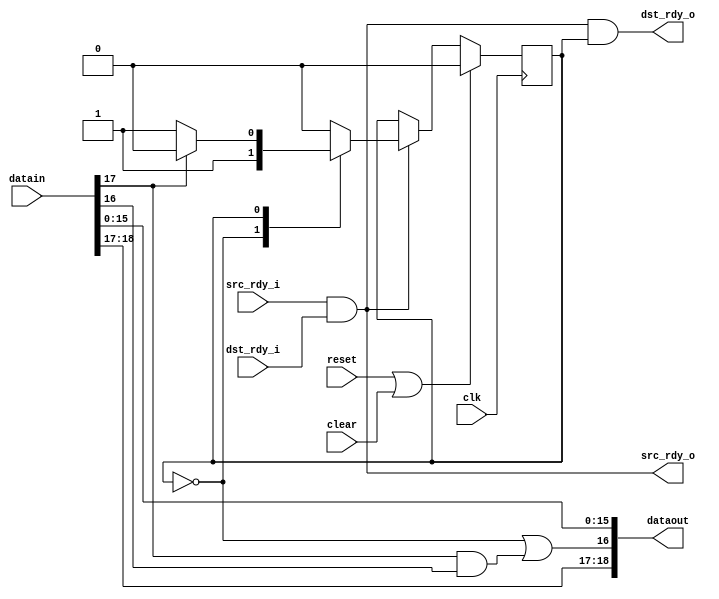


//  Adds a junk line at the beginning of every packet, which the
//   following stages should ignore.  This gives us proper alignment due
//   to the 14 byte ethernet header

// Bit 18 -- odd length
// Bit 17 -- eof
// Bit 16 -- sof
// Bit 15:0 -- data

module fifo19_rxrealign
  (input clk, input reset, input clear,
   input [18:0] datain, input src_rdy_i, output dst_rdy_o,
   output [18:0] dataout, output src_rdy_o, input dst_rdy_i);
   
   reg 	rxre_state;
   localparam RXRE_DUMMY  = 0;
   localparam RXRE_PKT 	  = 1;
   
   assign dataout[18] 	  = datain[18];
   assign dataout[17] 	  = datain[17];
   assign dataout[16] 	  = (rxre_state==RXRE_DUMMY) | (datain[17] & datain[16]);  // allows for passing error signal
   assign dataout[15:0] = datain[15:0];
   
   always @(posedge clk)
     if(reset | clear)
       rxre_state <= RXRE_DUMMY;
     else if(src_rdy_i & dst_rdy_i)
       case(rxre_state)
	 RXRE_DUMMY :
	   rxre_state <= RXRE_PKT;
	 RXRE_PKT :
	   if(datain[17])   // if eof or error
	     rxre_state <= RXRE_DUMMY;
       endcase // case (rxre_state)

   assign src_rdy_o 	 = src_rdy_i & dst_rdy_i;   // Send anytime both sides are ready
   assign dst_rdy_o = src_rdy_i & dst_rdy_i & (rxre_state == RXRE_PKT);  // Only consume after the dummy
   
endmodule // fifo19_rxrealign